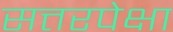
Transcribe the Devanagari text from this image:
सत्तरपेक्षा